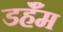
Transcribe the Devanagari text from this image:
डर्हॅम